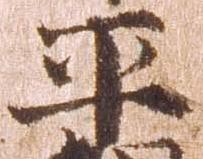
平